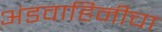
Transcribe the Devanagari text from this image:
अंडवाहिनीचा